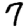
Digit: 7